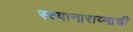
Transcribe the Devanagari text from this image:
स्त्यानाराय्नाची